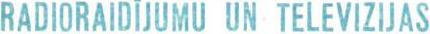
RADIORAIDIJUMU UN TELEVIZIJAS